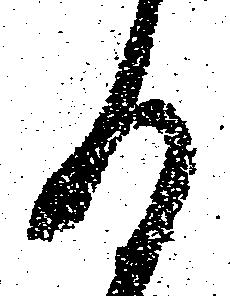
る